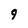
Character: 9